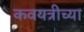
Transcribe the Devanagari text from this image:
कवयत्रीच्या